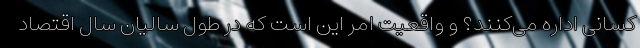
کسانی اداره می‌کنند؟ و واقعیت امر این است که در طول سالیان سال اقتصاد